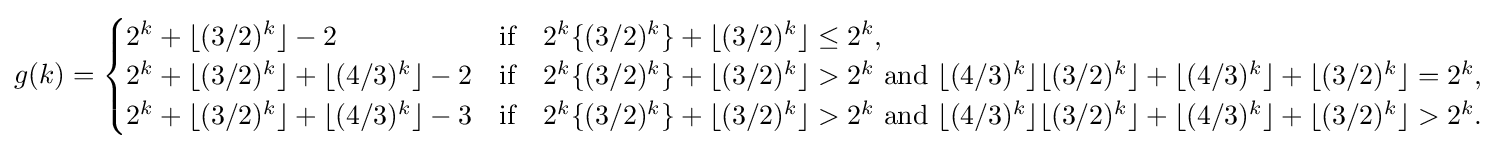
g(k)={\begin{cases}2^{k}+\lfloor (3/2)^{k}\rfloor -2&{\text{if}}\quad 2^{k}\{(3/2)^{k}\}+\lfloor (3/2)^{k}\rfloor \leq 2^{k},\\2^{k}+\lfloor (3/2)^{k}\rfloor +\lfloor (4/3)^{k}\rfloor -2&{\text{if}}\quad 2^{k}\{(3/2)^{k}\}+\lfloor (3/2)^{k}\rfloor >2^{k}{\text{ and }}\lfloor (4/3)^{k}\rfloor \lfloor (3/2)^{k}\rfloor +\lfloor (4/3)^{k}\rfloor +\lfloor (3/2)^{k}\rfloor =2^{k},\\2^{k}+\lfloor (3/2)^{k}\rfloor +\lfloor (4/3)^{k}\rfloor -3&{\text{if}}\quad 2^{k}\{(3/2)^{k}\}+\lfloor (3/2)^{k}\rfloor >2^{k}{\text{ and }}\lfloor (4/3)^{k}\rfloor \lfloor (3/2)^{k}\rfloor +\lfloor (4/3)^{k}\rfloor +\lfloor (3/2)^{k}\rfloor >2^{k}.\end{cases}}